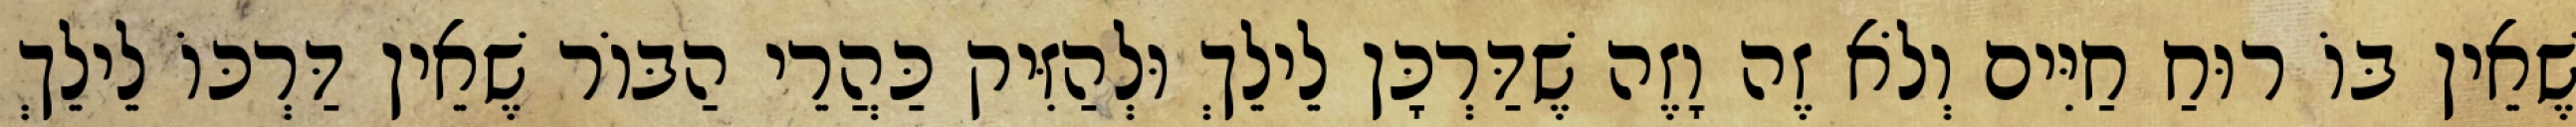
שֶׁאֵין בּוֹ רוּחַ חַיִּים וְלֹא זֶה וָזֶה שֶׁדַּרְכָּן לֵילֵךְ וּלְהַזִּיק כַּהֲרֵי הַבּוֹר שֶׁאֵין דַּרְכּוֹ לֵילֵךְ